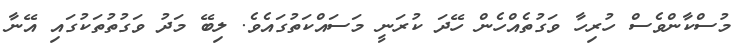
މުސްކާންވެސް ހުރިހާ ވަގުތެއްހެން ހޭދަ ކުރަނީ މަސައްކަތުގައެވެ. ލިބޭ މަދު ވަގުތުތަކުގައި އޭނާ